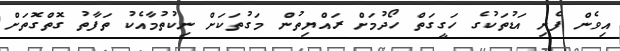
އިވެން ފެށި އަޑުތަކުގެ ހަގީގަތް ހޯދުމަށް ރައްޔިތުން މަގުތަކަށް ނިކުތުމާއެކު ތަފާތު ގޮތްގޮތަށް